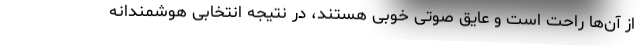
از آن‌ها راحت است و عایق صوتی خوبی هستند، در نتیجه انتخابی هوشمندانه